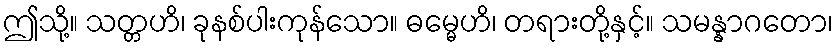
ဤသို့။ သတ္တဟိ၊ ခုနစ်ပါးကုန်သော။ ဓမ္မေဟိ၊ တရားတို့နှင့်။ သမန္နာဂတော၊